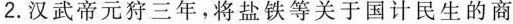
2.汉武帝元狩三年，将盐铁等关于国计民生的商